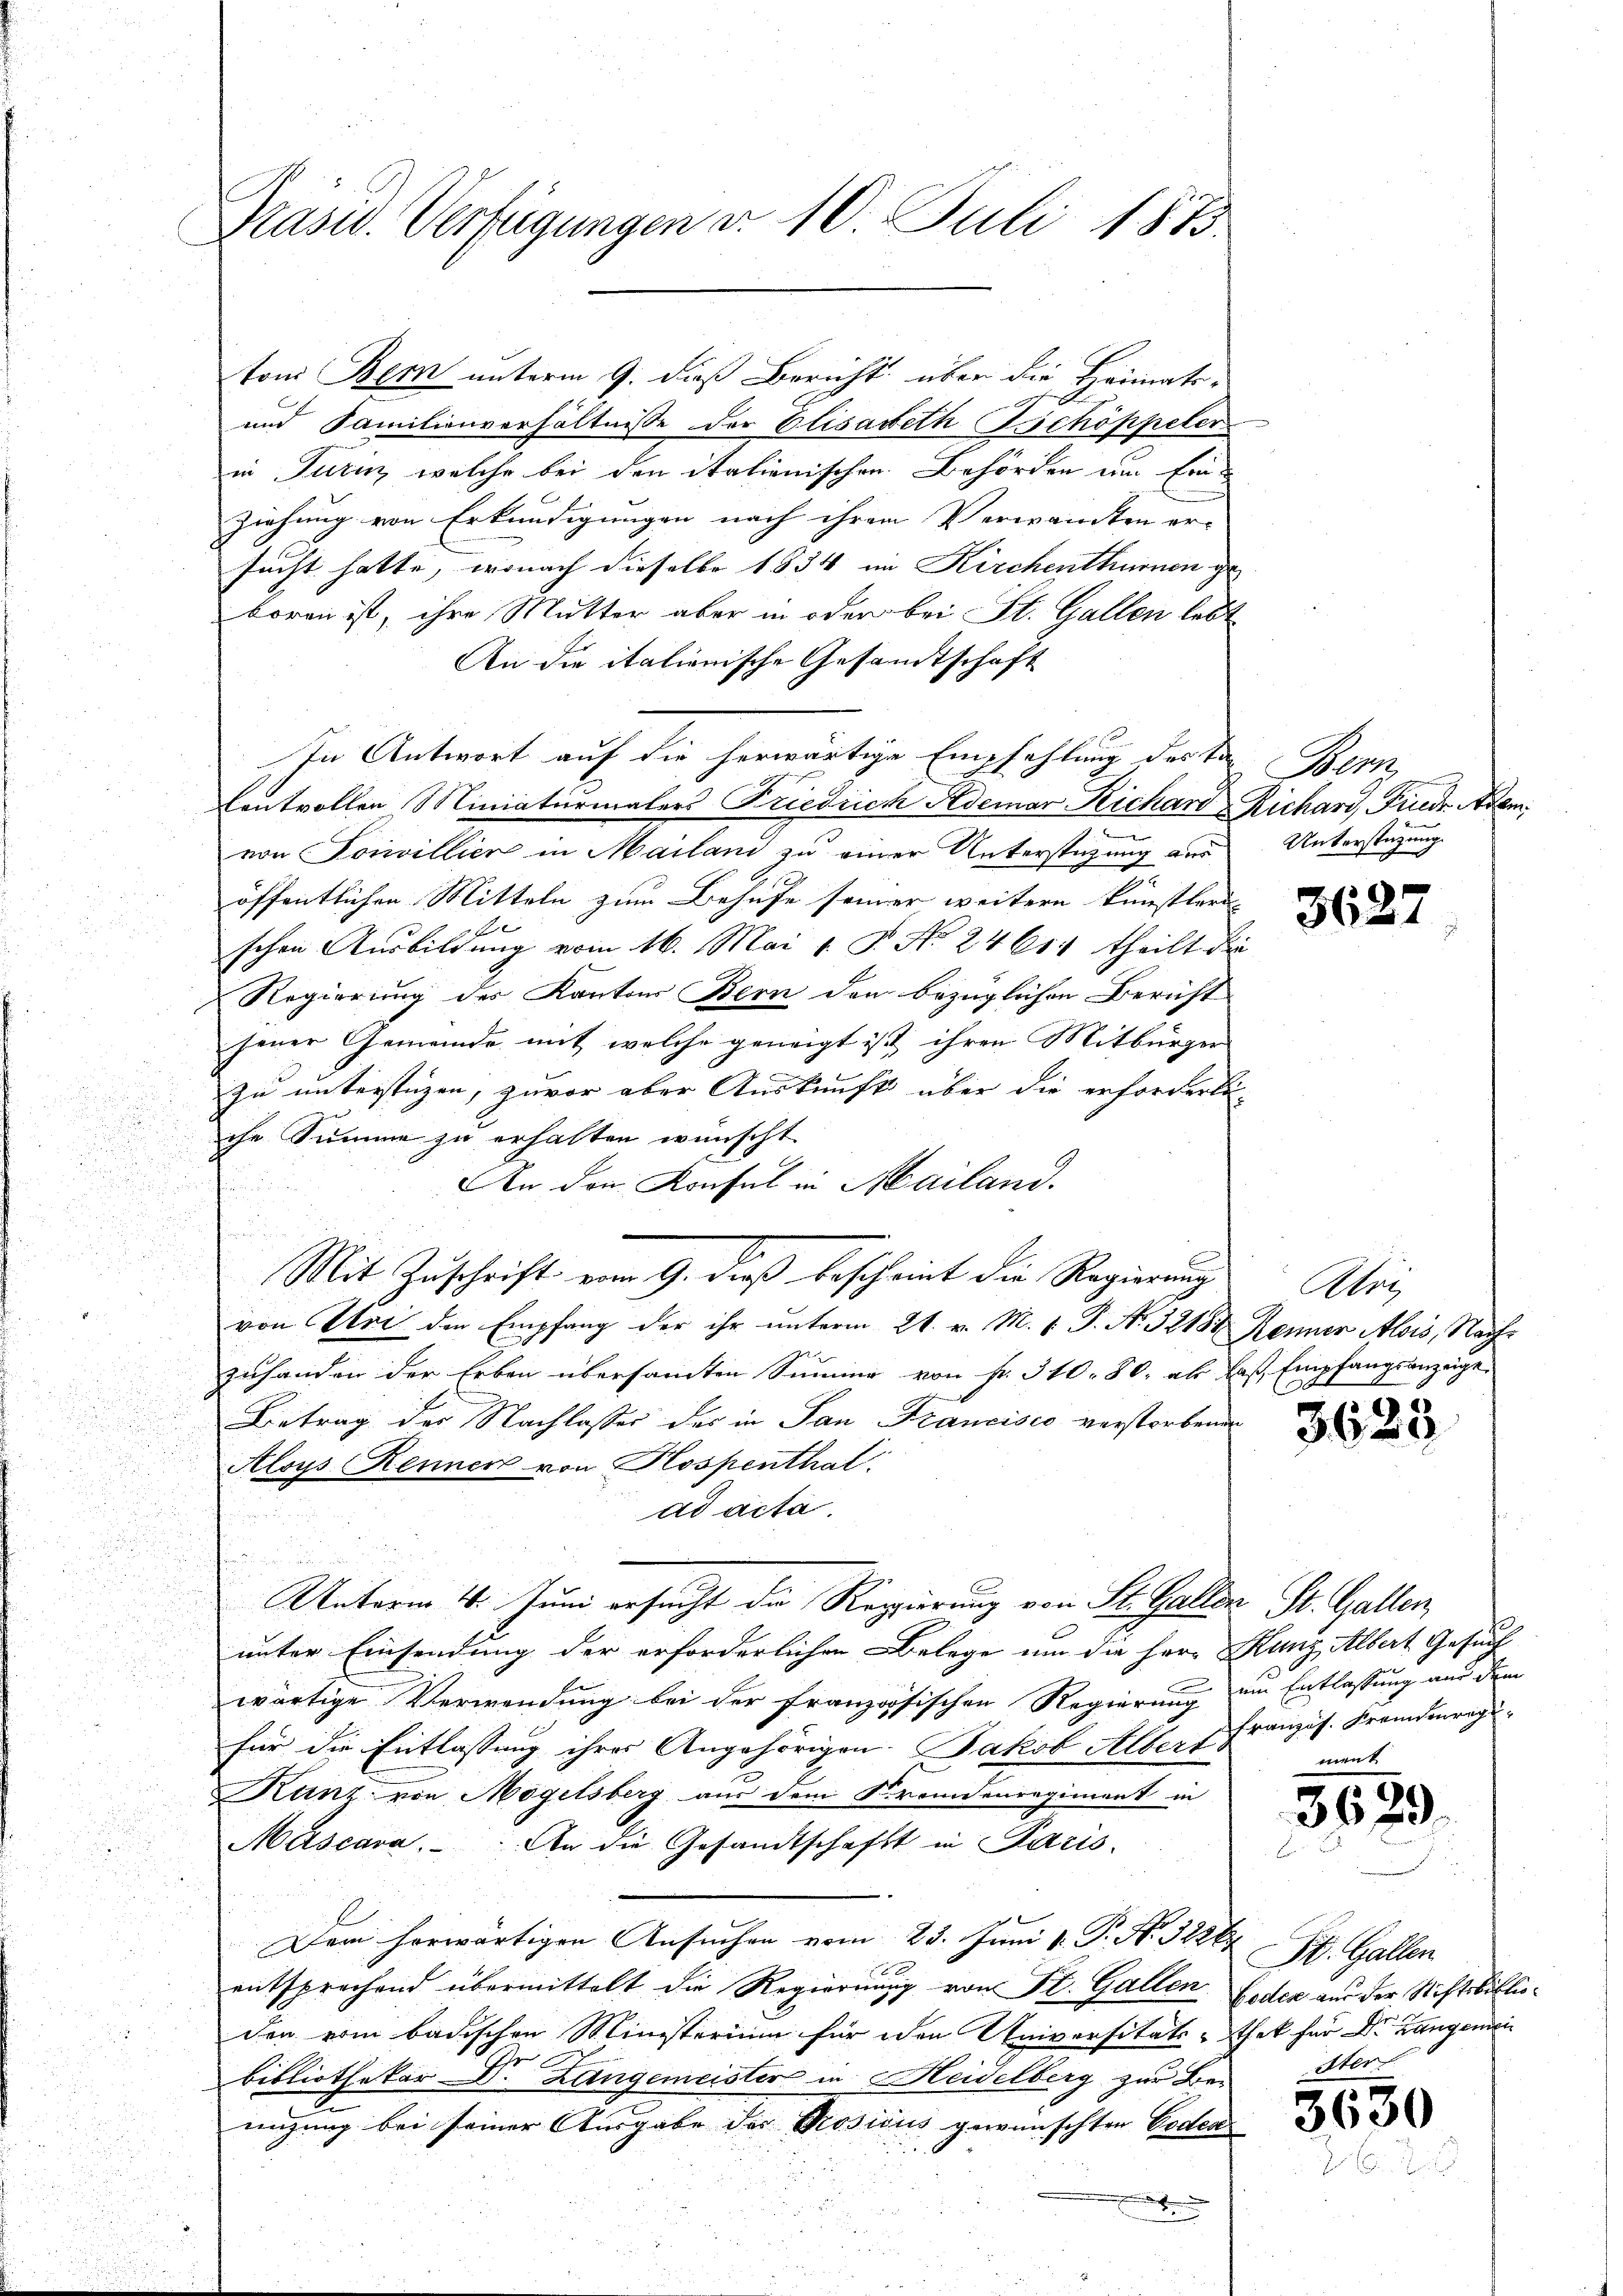
Prasw. Verfügungen d. 10. Juli 1873

ton Bern unterm 9. dieß Bericht über die Heimats-
und Familienverhältnisse der Elisabeth Schöppeler
in Turin welche bei den italienischen Behörden um Einziehung von Erkundigungen nach ihrem Verwandten er-
sucht hatte, wonach dieselbe 1834 im Kirchenthurnen geboren ist, ihre Mutter aber in oder bei St. Gallen lebt
An die italienische Gesandtschaft
In Antwort auf die herwärtige Empfehlung des Tag Bern,
Controllen Miniaturmalers Friedrich Ademar Richard Richard Friede Adam
von Sonvillier in Mailand zu einer Unterstützung aus
öffentlichen Mitteln zum Behufe seiner weitere künstleri
e
schen Ausbildung vom 16. Mai v. J. No 2461. theilt die
Regierung des Kantons Bern den bezüglichen Bericht
jener Gemeinde mit welche geneigt ist ihren Mitbürger
zu unterstüzen, zuvor aber Auskunft über die erforderli
che Summe zu erhalten wünscht
An den Konsul in Mailand.
r
.
Mit Zuschrift vom 9. dieß bescheint die Regierung
von Sei den Empfang der ihr unterm 21. v. M. v. J. A. 32188 Renner Alois, Nachzuhanden der Erben übersamten Summe von fr. 310. 80, als das Empfangsanzeige
Betrag der Nachlasses des in San Francisco verstorbener
d
Aloys Renner von Hospenthal
8

ad acta.
Unterm 4. Juni ersucht die Regierung von St. Gallen St. Gallen,
unter Einsendung der erforderlichen Belege um die Herr Kunz, Albert Gesuch
wärtige Verwendung bei der französischen Regierung
für die Entlassung ihres Angehörigen. Jakob Alber Französ. Fremdenreg
Kunz von Mögelsberg aus dem Kremdenregiment in
Mäscara. An die Gesandtschafft in Paris
Dem herwärtigen Ansuchen vom 23. Juni v. P. N. 326.
2
entsprechend übermittelt die Regierung von St. Gallen Feder aus der Stiftsbiblioden vom badischen Ministerium für den Universitäts-thek für Dr. Langemei
bibliothekar Dr. Langemeister in Heidelberg zur Be-
eigung bei seiner Ausgabe der Prosicus gewünschten Boden
e

Unterstützung.

362.

Aber
x

3625

um Entlassung aus dem

362

9

St. Gallen
iter

3630